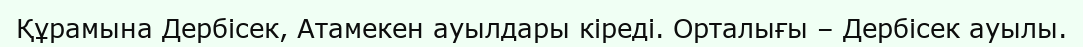
Құрамына Дербісек, Атамекен ауылдары кіреді. Орталығы – Дербісек ауылы.